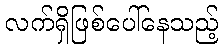
လက်ရှိဖြစ်ပေါ်နေသည့်